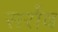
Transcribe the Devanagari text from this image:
सर्राव